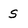
Character: s